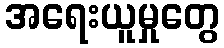
အရေးယူမှုတွေ